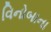
વિનોબાના